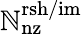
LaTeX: \mathbb{N}_{\mathrm{{nz}}}^{\mathrm{{rsh/im}}}